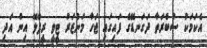
އެކަމަކު ސުބްރަތާ ދަގަނޑޭގެ ފައިގައި ޖަހާ މަންޒަރު ޓީވީ ރީޕްލޭ އިން އަދި